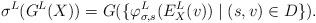
LaTeX: \begin{align*}\sigma^L(G^L(X)) = G(\{\varphi^L_{\sigma, s}(E^L_X(v)) \mid (s, v) \in D\}).\end{align*}